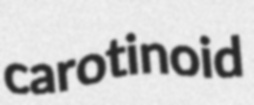
carotinoid